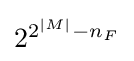
{\textstyle 2^{2^{|M|}-n_{F}}}